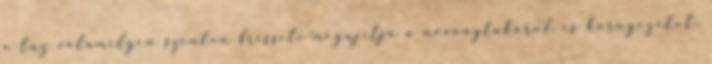
a tuz valamilyen szinten frissiti-megujitja a novenytakarot es kornyezetet,